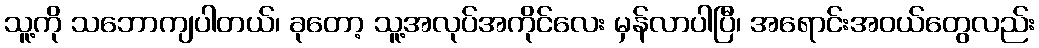
သူ့ကို သဘောကျပါတယ်၊ ခုတော့ သူ့အလုပ်အကိုင်လေး မှန်လာပါပြီ၊ အရောင်းအဝယ်တွေလည်း